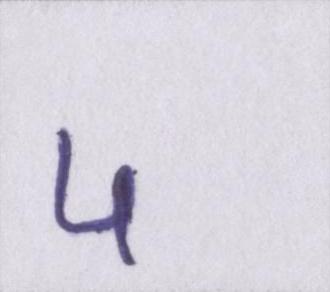
५